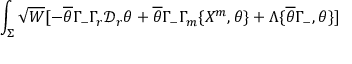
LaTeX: \int _ { \Sigma } \sqrt { W } [ - \overline { { { \theta } } } \Gamma _ { - } \Gamma _ { r } \mathcal { D } _ { r } \theta + \overline { { { \theta } } } \Gamma _ { - } \Gamma _ { m } \{ X ^ { m } , \theta \} + \Lambda \{ \overline { { { \theta } } } \Gamma _ { - } , \theta \} ]